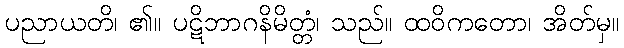
ပညာယတိ၊ ၏။ ပဋိဘာဂနိမိတ္တံ၊ သည်။ ထဝိကတော၊ အိတ်မှ။